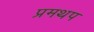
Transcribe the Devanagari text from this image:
प्रमथप